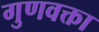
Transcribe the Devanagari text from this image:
गुणवक्ता